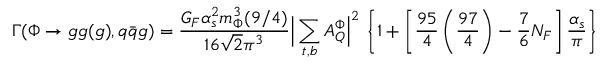
\Gamma ( \Phi \to g g ( g ) , q { \bar { q } } g ) = \frac { G _ { F } \alpha _ { s } ^ { 2 } m _ { \Phi } ^ { 3 } ( 9 / 4 ) } { 1 6 \sqrt { 2 } \pi ^ { 3 } } \Big | \sum _ { t , b } A _ { Q } ^ { \Phi } \Big | ^ { 2 } \, \left\{ 1 + \left[ \frac { 9 5 } { 4 } \left( \frac { 9 7 } { 4 } \right) - \frac { 7 } { 6 } N _ { F } \right] \frac { \alpha _ { s } } { \pi } \right\}